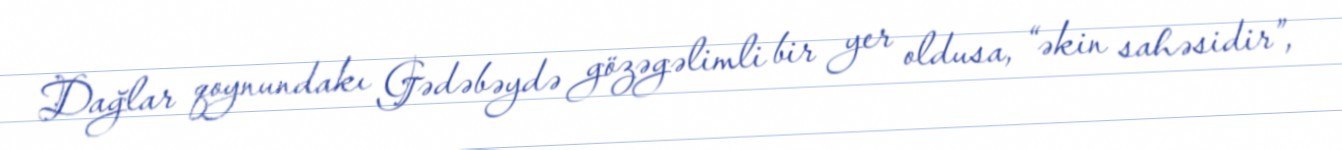
Dağlar qoynundakı Gədəbəydə gözəgəlimli bir yer oldusa, “əkin sahəsidir”,